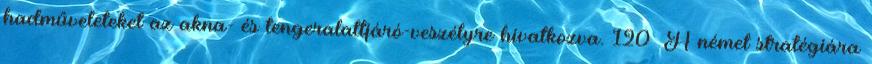
hadműveleteket az akna- és tengeralattjáró-veszélyre hivatkozva. 120 A német stratégiára